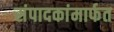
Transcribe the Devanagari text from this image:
संपादकांमार्फत